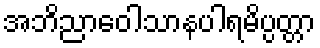
အဘိညာဝေါသာနပါရမိပ္ပတ္တာ